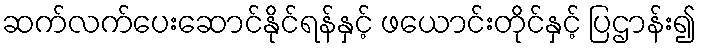
ဆက်လက်ပေးဆောင်နိုင်ရန်နှင့် ဖယောင်းတိုင်နှင့် ပြဌာန်း၍